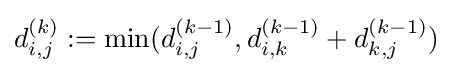
d_{i,j}^{(k)}:=\min(d_{i,j}^{(k-1)},d_{i,k}^{(k-1)}+d_{k,j}^{(k-1)})